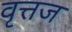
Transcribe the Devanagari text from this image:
वृत्तज